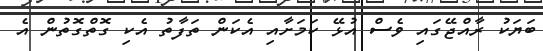
ބަޔަކު ރާއްޖޭގައި ވެސް އުޅޭ ކަމަށާއި އެކަން ތަފާތު އެކި ގޮތްގޮތުން އެ